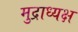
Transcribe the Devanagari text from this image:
मुद्राध्यक्ष